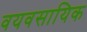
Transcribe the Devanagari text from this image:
वयवसायिक